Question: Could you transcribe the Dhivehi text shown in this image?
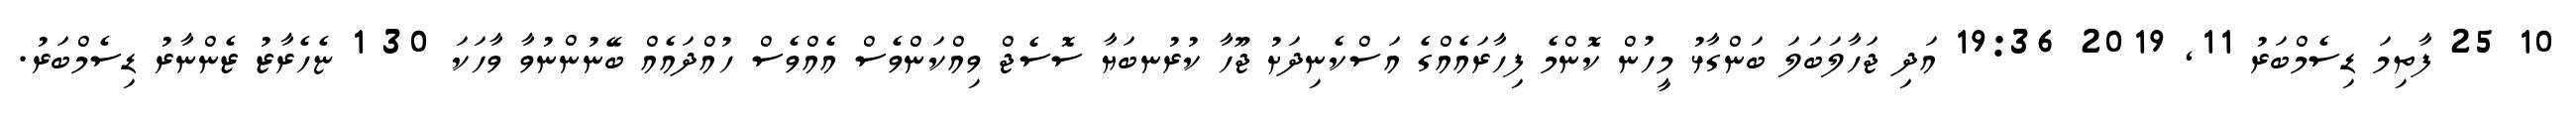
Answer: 10 25 ފާތިމަ ޑިސެމްބަރު 11, 2019 19:36 އަދި ޖަހާލަބަލަ ބަންގާޅު މީހުން ކޮންމެ ފިހާރައެއްގެ އަސްކެނިދަށު ޖޫހާ ކުރުނބަޔާ ސޮސެޖް ވިއްކަންވެސް އެއްވެސް ހުއްދައެއް ބޭނުންނުވާ ވާހަކަ 30 1 ޏެހެރާޒު ޒެންނާރު ޑިސެމްބަރު.